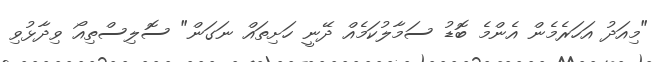
"މިއަދު އަހަރެމެން އެންމެ ބޮޑު ސަމާލުކަމެއް ދޭނީ ހަށިތައް ނަގަން" ސޮލިސްތިއޯ ވިދާޅުވި